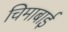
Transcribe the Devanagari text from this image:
चिमाबाई